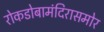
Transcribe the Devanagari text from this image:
रोकडोबामंदिरासमोर